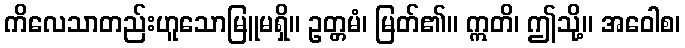
ကိလေသာတည်းဟူသောမြူမရှိ။ ဥတ္တမံ၊ မြတ်၏။ ဣတိ၊ ဤသို့။ အဝေါစ၊